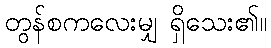
တွန်စကလေးမျှ ရှိသေး၏။